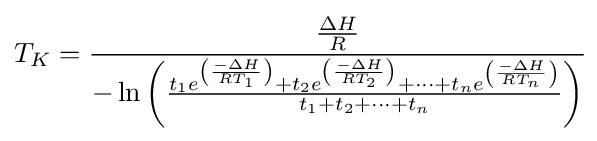
T_{K}={\cfrac {\frac {\Delta H}{R}}{-\ln \left({\frac {{t_{1}}e^{\left({\frac {-\Delta H}{RT_{1}}}\right)}+{t_{2}}e^{\left({\frac {-\Delta H}{RT_{2}}}\right)}+\cdots +{t_{n}}e^{\left({\frac {-\Delta H}{RT_{n}}}\right)}}{{t_{1}}+{t_{2}}+\cdots +{t_{n}}}}\right)}}